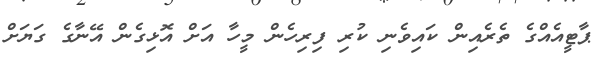
ޕާޓީއެއްގެ ތެރެއިން ކައިވެނި ކުރި ފިިރިހެން މީހާ އަށް އޮޅިގެން އޭނާގެ ގަަޔަށް